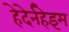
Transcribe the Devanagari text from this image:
हेदेर्नहेइम